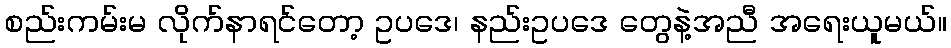
စည်းကမ်းမ လိုက်နာရင်တော့ ဥပဒေ၊ နည်းဥပဒေ တွေနဲ့အညီ အရေးယူမယ်။